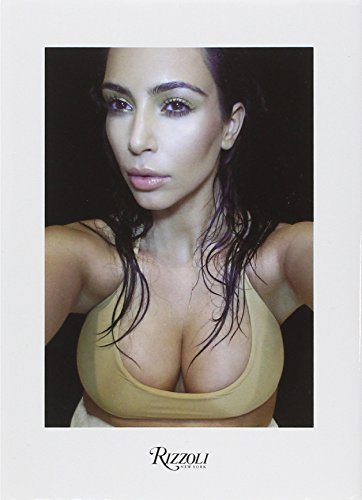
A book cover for Kim Kardashian Selfish; Kim Kardashian West; Arts & Photography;